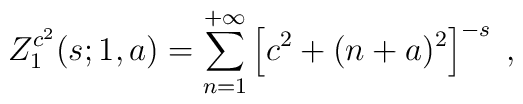
Z_1^{c^2} (s;1,a) = \sum_{n=1}^{+\infty} \left[ c^2 + (n+a)^2\right]^{-s} \;,